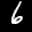
Label: 6